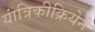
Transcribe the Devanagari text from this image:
यांत्रिकीक्रियेने